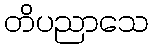
တိပညာသေ